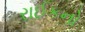
રાઈકનો